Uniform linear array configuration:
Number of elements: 24
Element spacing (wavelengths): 1
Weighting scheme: exponential
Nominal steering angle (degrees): -15
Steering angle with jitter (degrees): -14.646
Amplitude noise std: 0.05
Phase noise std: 0.05

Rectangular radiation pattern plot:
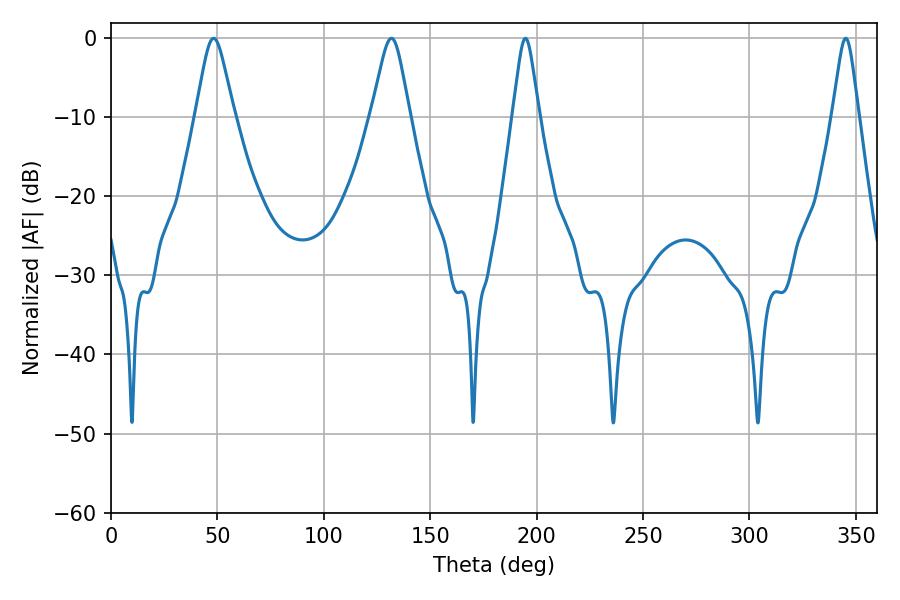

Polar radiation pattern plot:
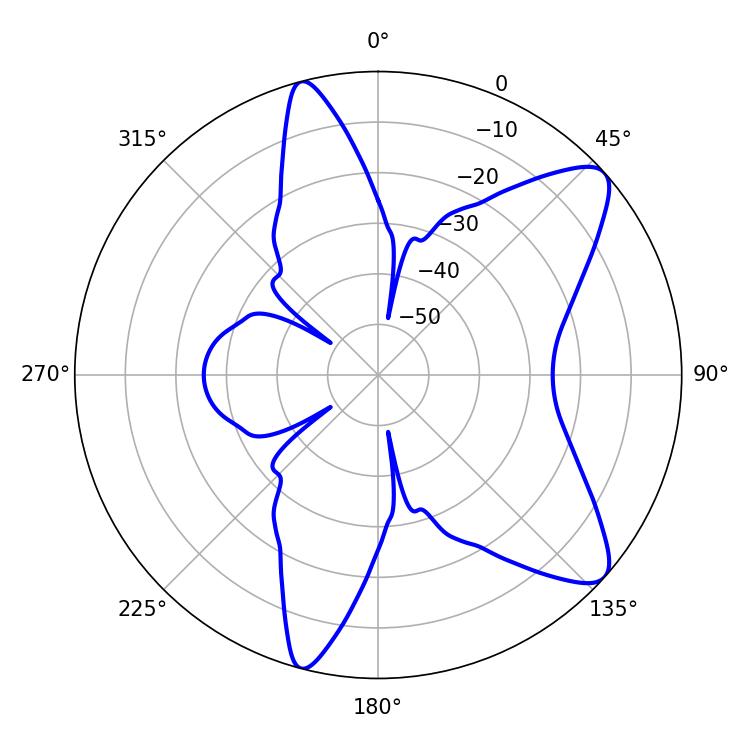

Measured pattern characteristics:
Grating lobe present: TRUE
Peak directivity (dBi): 9.733
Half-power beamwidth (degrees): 8.64
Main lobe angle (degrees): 48.24